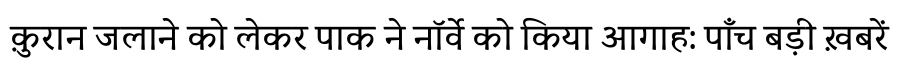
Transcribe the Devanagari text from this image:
क़ुरान जलाने को लेकर पाक ने नॉर्वे को किया आगाह: पाँच बड़ी ख़बरें